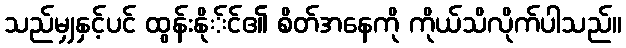
သည်မျှနှင့်ပင် ထွန်းနို်င်၏ စိတ်အနေကို ကိုယ်သိလိုက်ပါသည်။